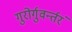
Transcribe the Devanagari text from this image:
गुरोर्गुवर्न्तरं